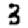
Digit: 3